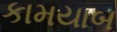
કામયાબ